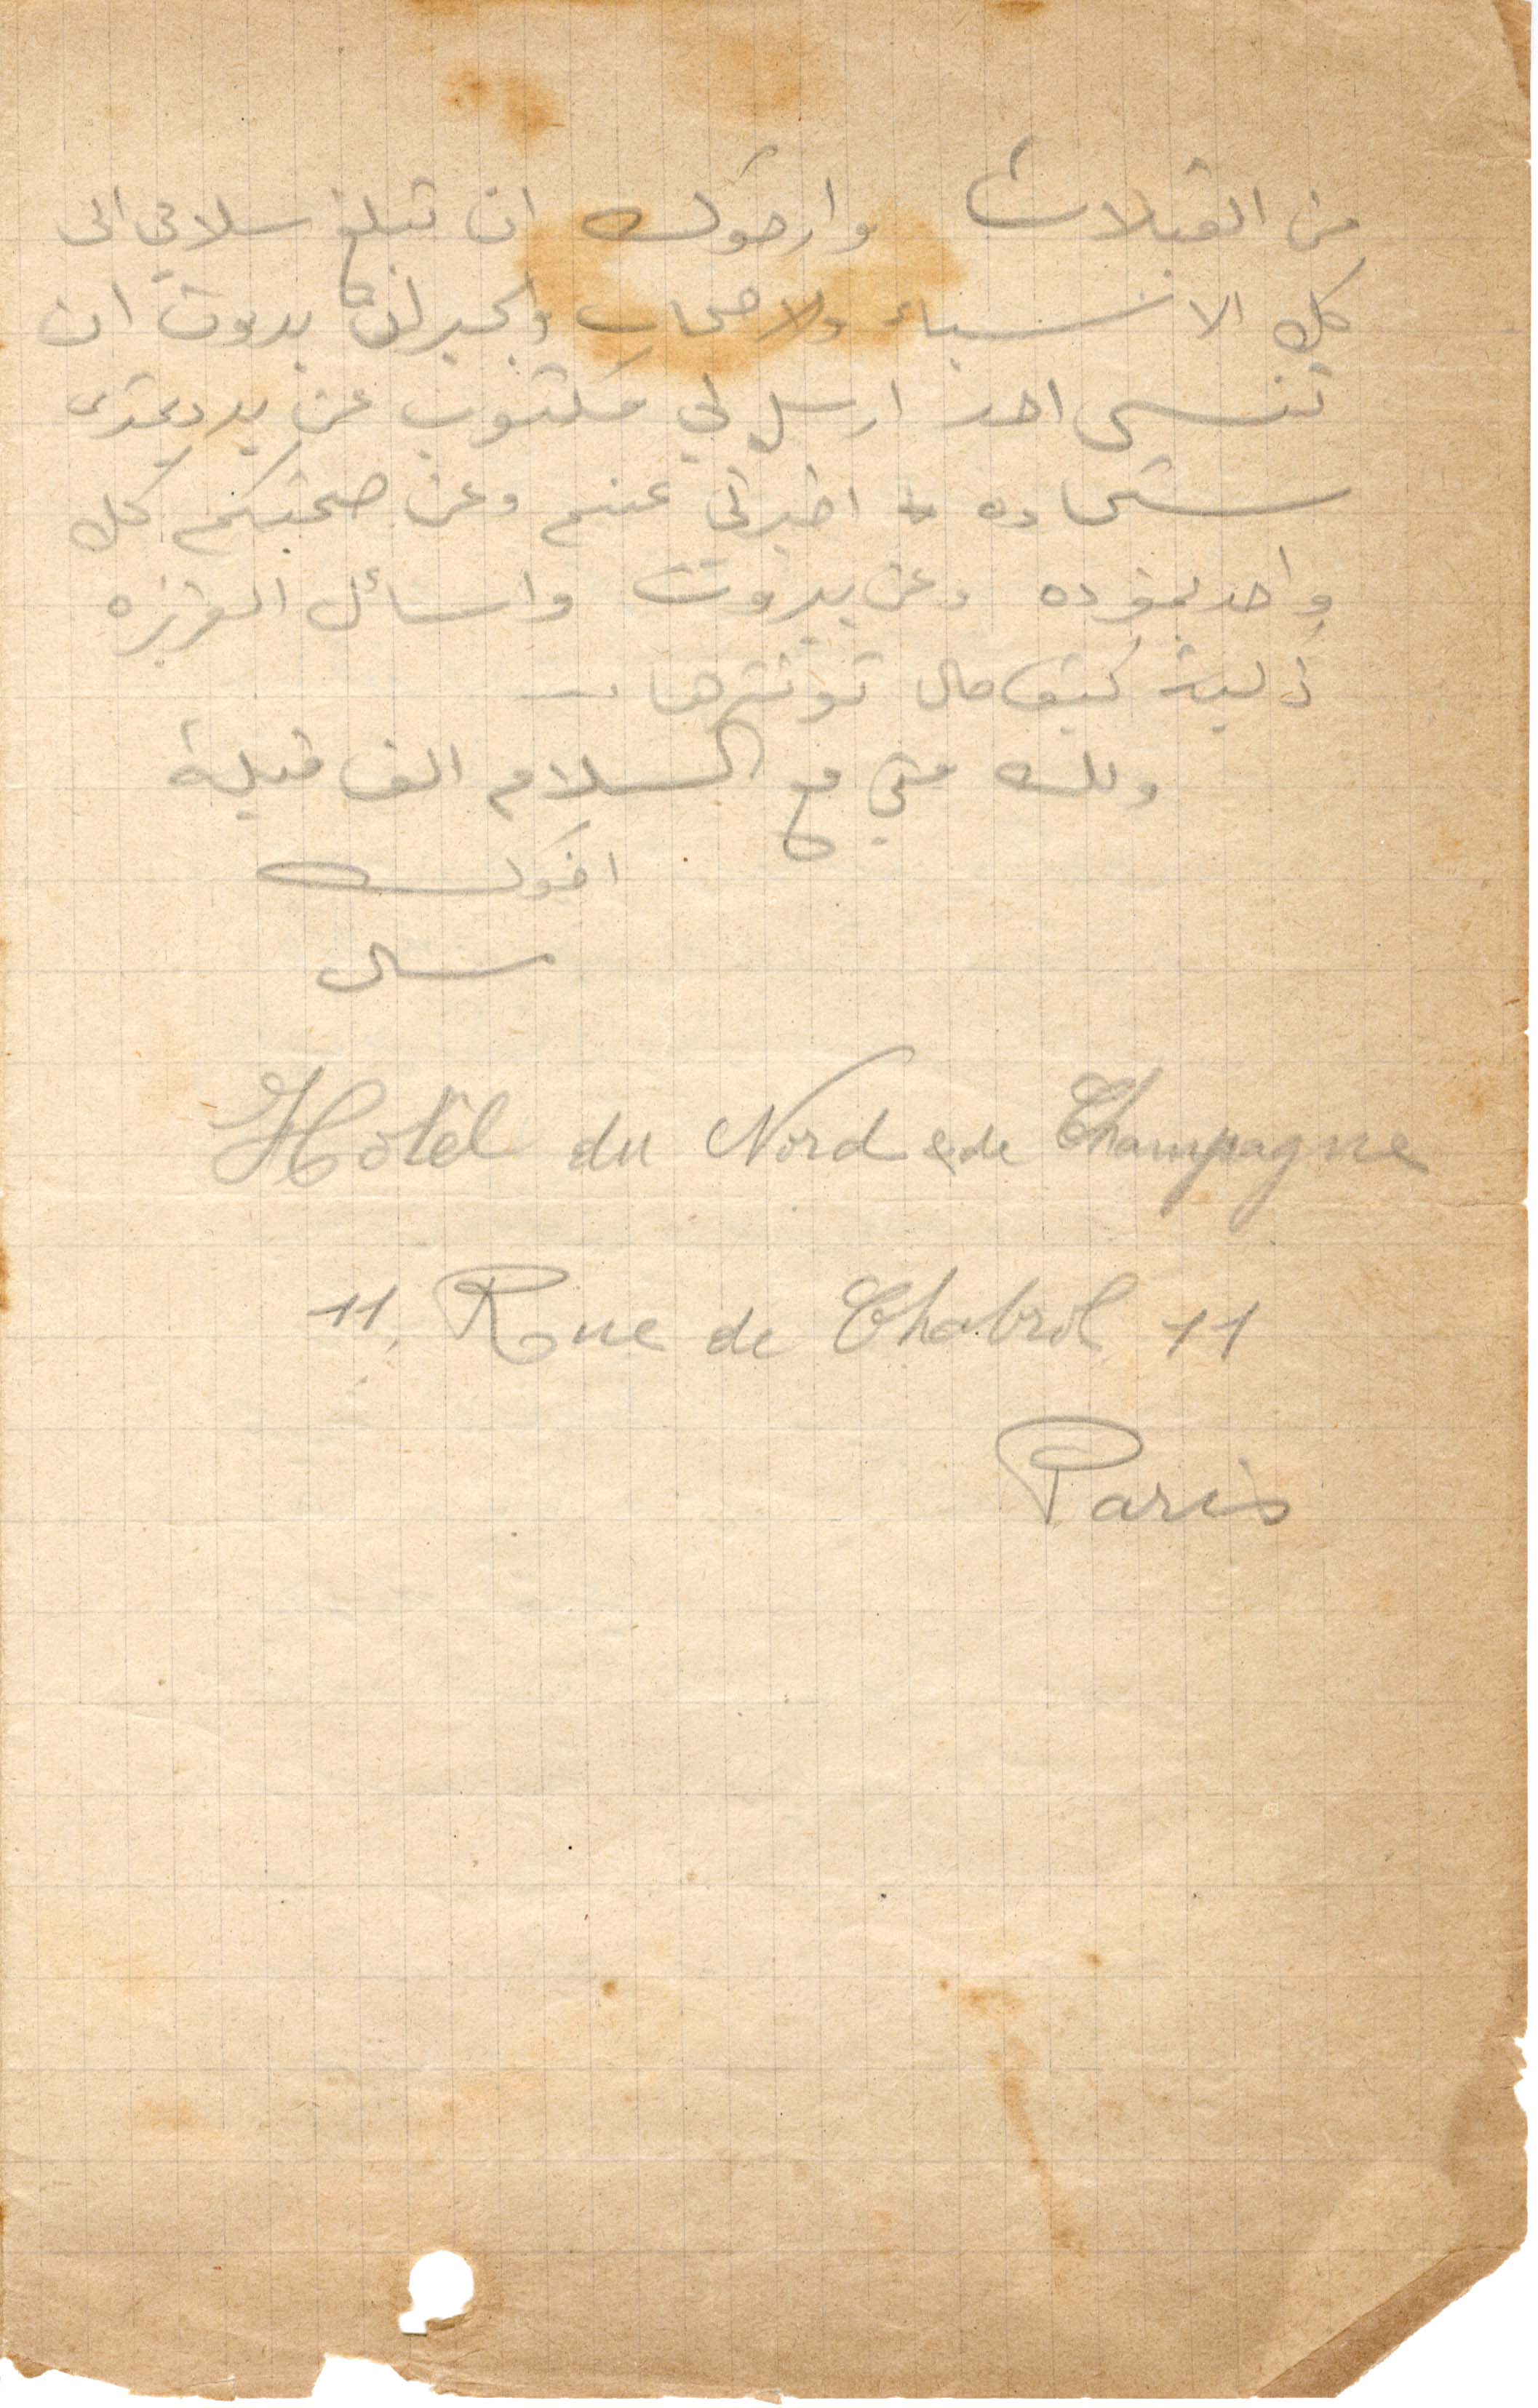
من القبلات وارجوك ان تبلغ سلامي الى
كل الانسباء والاصحاب والجيران بدون ان
تنسى احد ارسل لي مكتوب عن يد دمتري
شحاده اخبرني عنكم وعن صحتكم كل
واحد يمفرده وعن بيروت واسأل العزيزه
ذكيه كيف حال توترها
ولك مني مع السلام الف قبلة
اخوك
ميشال